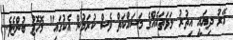
އޭރު ދިޔައީ އިތުރު ލަވަތަކެއްގެ މަސައްކަތް ވެސް ކުރަމުން އެކުގައި" މޮހޮޖު ބުންޏެވެ.